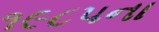
૧૯૮૫ના